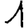
Digit: 1